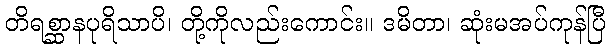
တိရစ္ဆာနပုရိသာပိ၊ တို့ကိုလည်းကောင်း။ ဒမိတာ၊ ဆုံးမအပ်ကုန်ပြီ